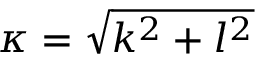
\kappa = \sqrt { k ^ { 2 } + l ^ { 2 } }